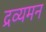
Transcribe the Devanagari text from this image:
द्रव्यमन